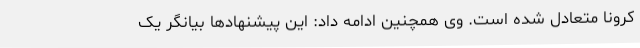
کرونا متعادل شده است. وی همچنین ادامه داد: این پیشنهادها بیانگر یک